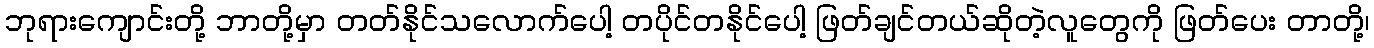
ဘုရားကျောင်းတို့ ဘာတို့မှာ တတ်နိုင်သလောက်ပေါ့ တပိုင်တနိုင်ပေါ့ ဖြတ်ချင်တယ်ဆိုတဲ့လူတွေကို ဖြတ်ပေး တာတို့၊